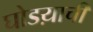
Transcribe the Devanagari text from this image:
घोडय़ाची